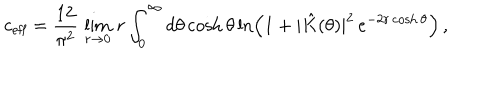
LaTeX: c _ { \textrm { e f f } } = \frac { 1 2 } { \pi ^ { 2 } } \, \lim _ { r \rightarrow 0 } \, r \int _ { 0 } ^ { \infty } d \theta \cosh \theta \ln \left( 1 + | \hat { K } ( \theta ) | ^ { 2 } \, e ^ { - 2 r \cosh \theta } \right) \, ,